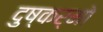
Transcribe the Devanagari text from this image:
दुष्कर्मो